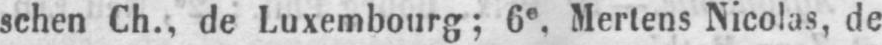
schen Ch., de Luxembourg; 6e, Mertens Nicolas, de